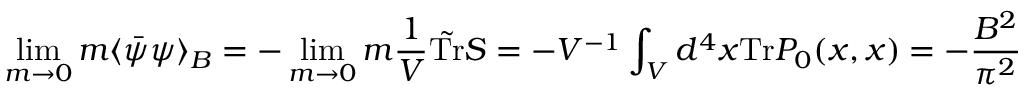
\operatorname * { l i m } _ { m \to 0 } m \langle \bar { \psi } \psi \rangle _ { \cal B } = - \operatorname * { l i m } _ { m \to 0 } m \frac { 1 } { V } \tilde { \mathrm { T r } } S = - V ^ { - 1 } \int _ { V } d ^ { 4 } x \mathrm { T r } { \cal P } _ { 0 } ( x , x ) = - \frac { { \cal B } ^ { 2 } } { \pi ^ { 2 } }